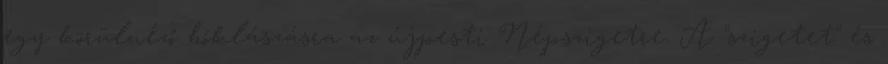
egy körülnéző bóklászásra az újpesti Népszigetre. A "szigetet" és